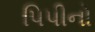
પિપીનો